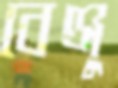
বেঞ্জু